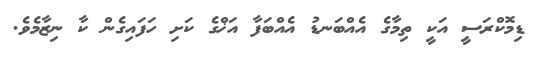
ޑިމޮކްރަސީ އަކީ ތިމާގެ އެއްބަނޑު އެއްބަފާ އަޚްގެ ކަށި ހަފައިގެން ކާ ނިޒާމެވެ.